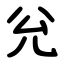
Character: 兊